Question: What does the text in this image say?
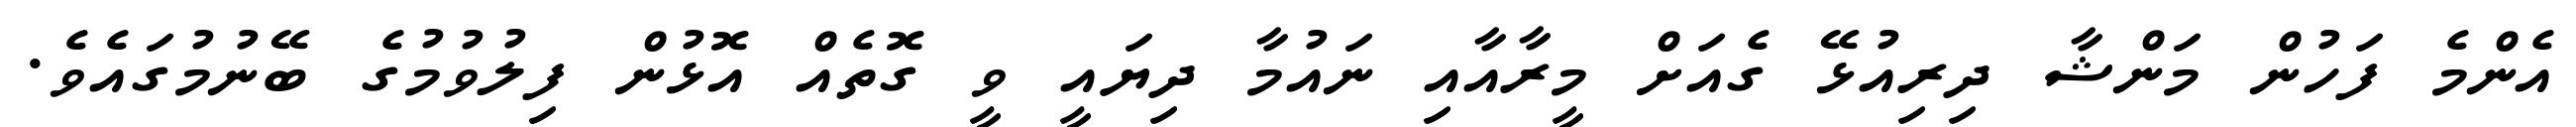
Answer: އެންމެ ފަހުން މަންޝާ ދިރިއުޅޭ ގެއަށް މީރާއާއި ނައުމާ ދިޔައީ ވީ ގޮތެއް އޮޅުން ފިލުވުމުގެ ބޭނުމުގައެވެ.